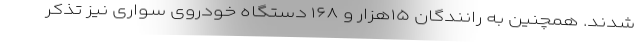
شدند. همچنین به رانندگان ۱۵هزار و ۱۶۸ دستگاه خودروی سواری نیز تذکر